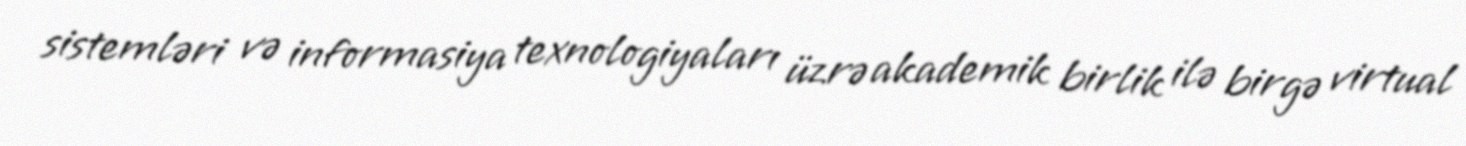
sistemləri və informasiya texnologiyaları üzrə akademik birlik ilə birgə virtual